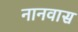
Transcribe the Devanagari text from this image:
नानवास